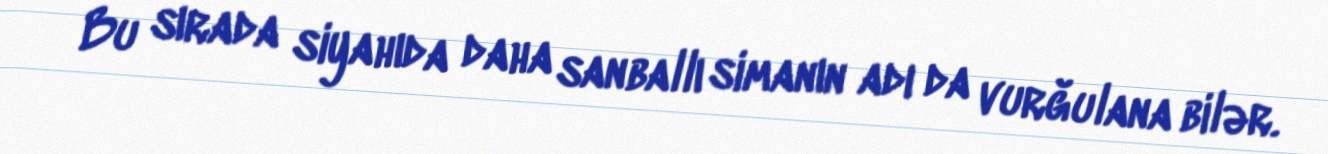
Bu sırada siyahıda daha sanballı simanın adı da vurğulana bilər.